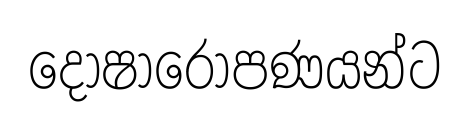
දෝෂාරෝපණයන්ට